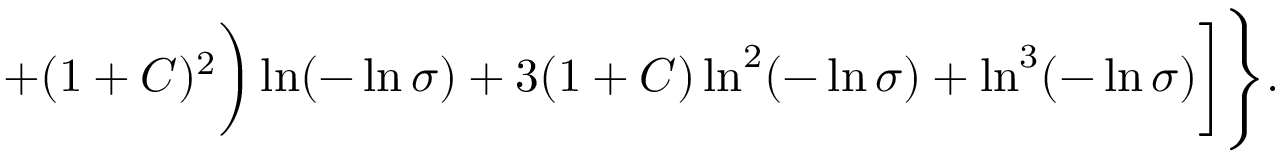
+ ( 1 + C ) ^ { 2 } \biggr ) \ln ( - \ln \sigma ) + 3 ( 1 + C ) \ln ^ { 2 } ( - \ln \sigma ) + \ln ^ { 3 } ( - \ln \sigma ) \biggr ] \Biggr \} .